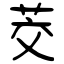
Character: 茭